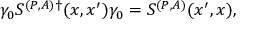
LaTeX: \gamma _ { 0 } S ^ { ( P , A ) \dagger } ( x , x ^ { \prime } ) \gamma _ { 0 } = S ^ { ( P , A ) } ( x ^ { \prime } , x ) ,